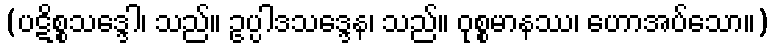
(ပဋိစ္စသဒ္ဒေါ၊ သည်။ ဥပ္ပါဒသဒ္ဒေန၊ သည်။ ဝုစ္စမာနဿ၊ ဟောအပ်သော။)